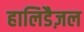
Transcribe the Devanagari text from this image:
हालिडैज़ल